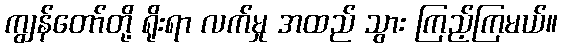
ကျွန်တော်တို့ ရိုးရာ လက်မှု အထည် သွား ကြည့်ကြမယ်။